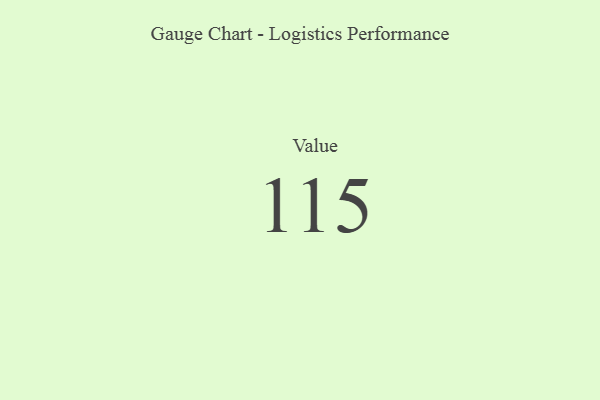
{"axis": {"x": "Metric", "y": "Value"}, "legend": [""], "data": [{"x": "Value", "y": 115, "type": ""}]}